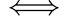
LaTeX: \iff